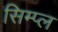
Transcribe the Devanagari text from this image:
सिम्प्ल